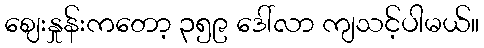
ဈေးနှုန်းကတော့ ၃၅၉ ဒေါ်လာ ကျသင့်ပါမယ်။